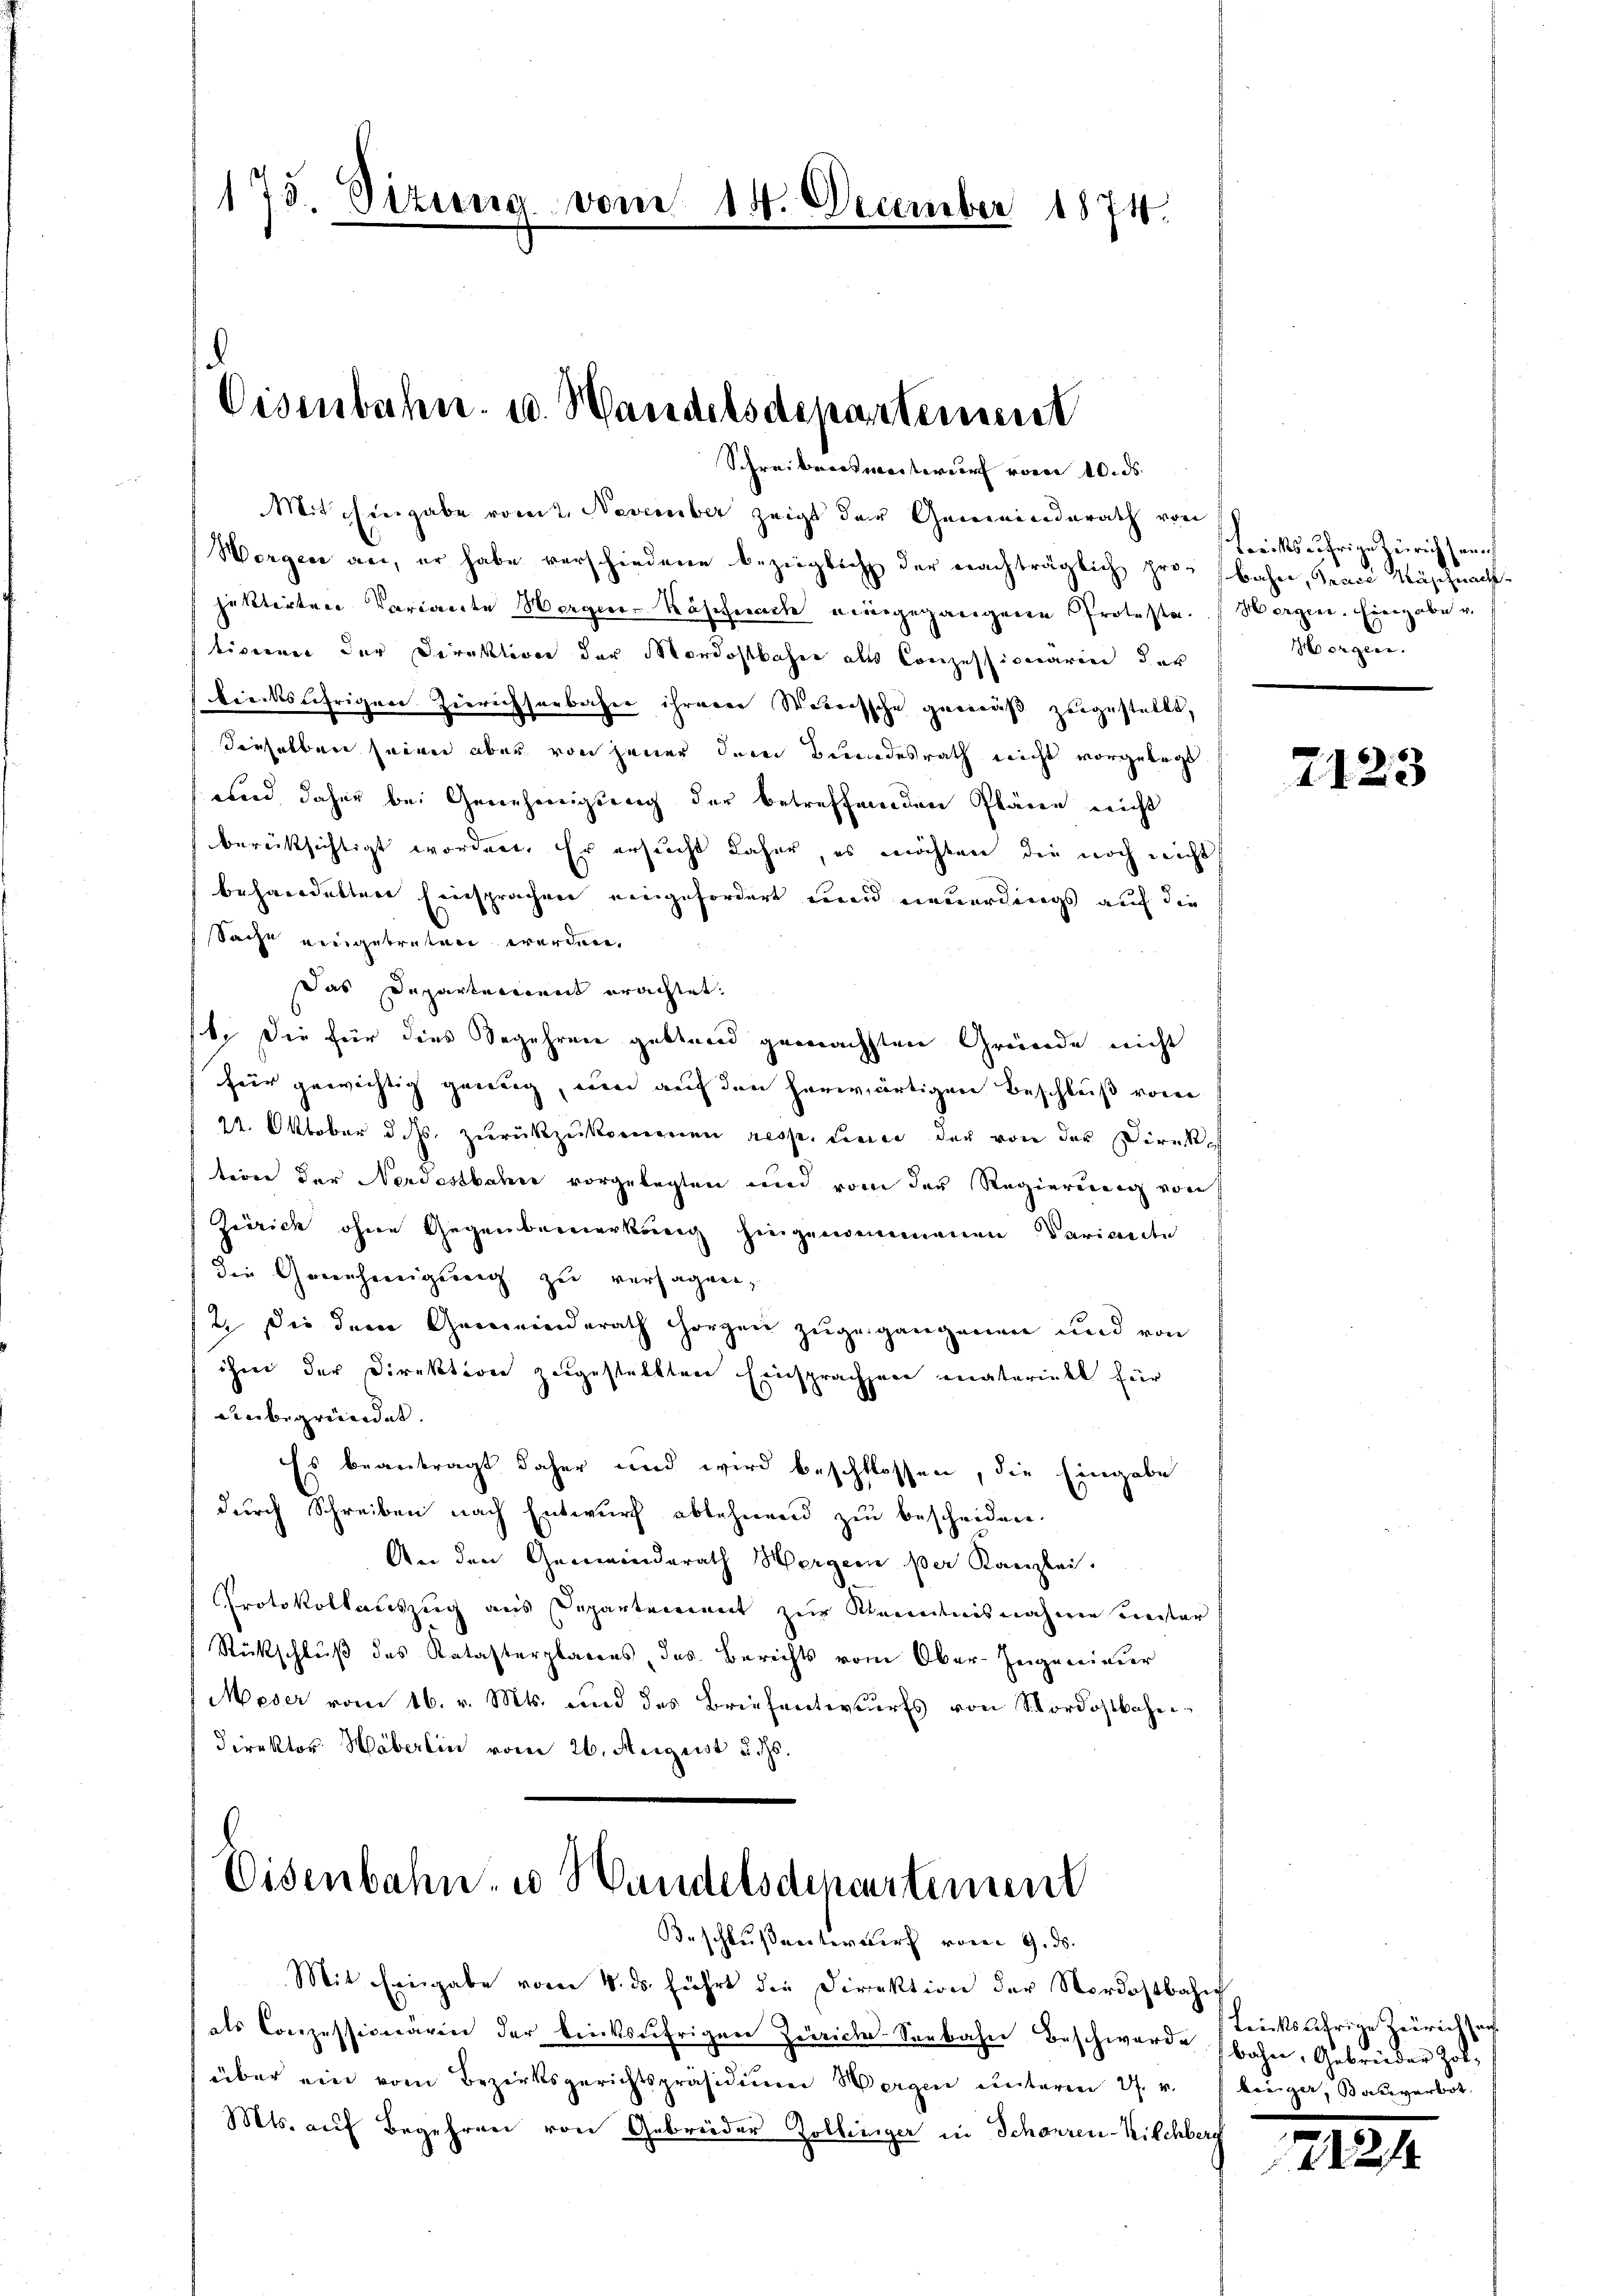
175. Situng vom 14. December 1874.

Eisenbahn u. Handelsdepartement
Schreibenswerteur von 10. ds.

Mitchingabe vom 2. November zeigt der Gemeinenderath von
Worgen an, er habe verschiedene bezüglich der nachträglich pro- bahn, Trace Wäschnachjektirten Variante Werger-Käscherache eingegangene Protesta.  Wergen. Eingabe v.
tivirung der Direktion der Mordostbahn als Conzessionarii der
biecksährigen Zierichsenbahne ihrerer Werrissche gernuß zugestellt,
dieselben seien aber von jener dem Bundesrath nicht vorgelegt
wird daher bei Genehmigung der betreffenden Pläne nicht
berücksichtigt worden. Er ersucht daher, es möchten die noch nicht
beharduttere Einsprachen eingefordert und neuerdings auf die
sSache eingetreten werden,
Das Departement erachtet.
6. Die für dies Segehren gestand gemachsten Gründe nicht
heir gewichtig genug, um auf den herwärtigen Beschluß von
22. Oktober d. Js. zurückzukommen resse, Linier der von der Direktion der Nordostbahn vorgelegten und vom der Regierung von
Zinrich ohne Gegenbemerkung hingenommenen Varianden
die Genehmigung zu versagen,
2. Die dem Gemeinderath Horgen zugegangenen und von
ihm der Direktion zugestellten Einsprachen materiell für
unbegründet.
Es beanträgt daher und wird beschlossen, die Eingabe
durch Schreiben nach Entwurf ablehnend zu bescheiden.
An den Gemeinderath Hergern per Kanzlei.
Protokollauszug aus Departement zur Kenntnisnahme unter
Rückschluß des Katasterbarens, das Berichts vom Ober-Ingeneiner
Meser vom 16. v. Mts. und des Briefenterwurfs von Nordostbahn¬
Direktor Häberlin vom 26. August u. ds.

Eisenbahn u Handelsdepartemen
Beschluß entwurf vom 9. ds.

Mit Eingabe vom 4. ds. führt die Direktion der Nordostbahn
als Conzessionärin der bricksŭfrigen Zürich Seebahn Beschwerde bahn, Gebrüder Zol
über ein vom Bezirksgerichtspräsidiŭm Wergen ŭnterm 27. v. Einga, Baŭverbot.
Mts. auf Begehren von Gebrüder Zolliniger in Schanzen-Kilchberg

Kariksährige Zürich sein
Horgen.

2123

Leichsjährige Zürich auf

21.

.